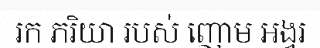
រក ភរិយា របស់ ញោម អង្វរ